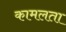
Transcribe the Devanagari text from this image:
कामलता